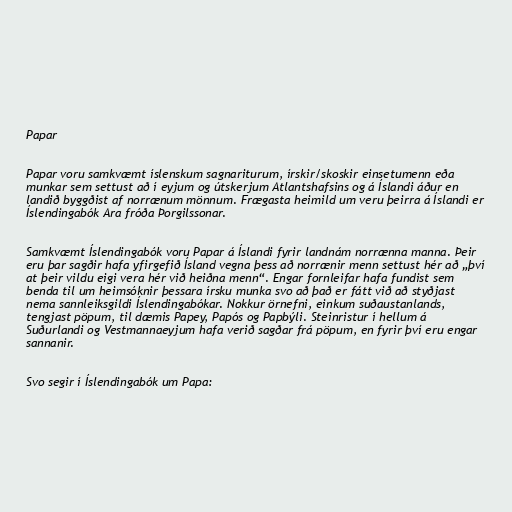
Papar

Papar voru samkvæmt íslenskum sagnariturum, írskir/skoskir einsetumenn eða
munkar sem settust að í eyjum og útskerjum Atlantshafsins og á Íslandi áður en
landið byggðist af norrænum mönnum. Frægasta heimild um veru þeirra á Íslandi er
Íslendingabók Ara fróða Þorgilssonar.

Samkvæmt Íslendingabók voru Papar á Íslandi fyrir landnám norrænna manna. Þeir
eru þar sagðir hafa yfirgefið Ísland vegna þess að norrænir menn settust hér að „því
at þeir vildu eigi vera hér við heiðna menn“. Engar fornleifar hafa fundist sem
benda til um heimsóknir þessara írsku munka svo að það er fátt við að styðjast
nema sannleiksgildi Íslendingabókar. Nokkur örnefni, einkum suðaustanlands,
tengjast pöpum, til dæmis Papey, Papós og Papbýli. Steinristur í hellum á
Suðurlandi og Vestmannaeyjum hafa verið sagðar frá pöpum, en fyrir því eru engar
sannanir.

Svo segir í Íslendingabók um Papa: